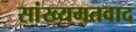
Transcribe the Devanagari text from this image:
सांख्यमतवाद